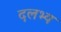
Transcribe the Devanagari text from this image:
दलभ्य